system: You are a helpful assistant.
user:
Analyze the provided spectrum to determine if it is a **S-type Star**.

- **Key Indicators for S-type Star:**

    - **(Overall Spectrum Shape):** The first and most obvious characteristic is the overall continuum (the "baseline" shape). It is **extremely "red-sloping,"** meaning the flux (light intensity) is very low on the left side (blue, ~4000-4500 Å) and rises steeply and continuously toward the right side (red, ~7000 Å+).

    - **(Primary):** The spectrum is defined by the presence of strong, broad molecular absorption "valleys" (bands) from **Zirconium Oxide (ZrO)**. The identification of these bands is the **primary requirement** for classifying a star as S-type.
        - **(Key Bandheads):** You must find distinct, deep "dips" where the light has been absorbed. The most critical band systems to locate are:
            - **~6474 Å** ($\gamma$-system): This is often the strongest and clearest ZrO feature, found in the red part of the spectrum.
            - **~5718 Å** & **~5551 Å** ($\beta$-system): A pair of prominent absorption features in the yellow-orange part of the spectrum.
            - **~4640 Å** ($\alpha$-system): A key absorption band system in the blue-green region of the spectrum.

    - **(Secondary Confirmation):** The classification is strengthened by finding additional absorption bands from other related heavy element oxides, which are expected to be present alongside ZrO.
        - **(Key Bandheads):**
            - **Yttrium Oxide (YO):** Look for absorption dips near **~4800 Å** and **~6100 Å**.
            - **Lanthanum Oxide (LaO):** Additional absorption features, particularly in the red-orange part of the spectrum, are also characteristic.

    - **(Line Profile):** The combination of the steep red continuum and these numerous, deep molecular bands (ZrO, YO, etc.) gives the entire spectrum a very **"chopped-up"** or **"bumpy"** appearance. Instead of a smooth curve, the spectrum looks as though large, wide chunks of light have been "carved out" of it at the specific wavelengths listed above.

Think first, call **spectral_visualization_tool** if needed to examine features in detail, then provide your final answer. Your response must adhere to the following strict rules:
1.  **Overall Structure:** Your response must follow the format `<think>...</think> <tool_call>...</tool_call> (if a tool is used) <answer>...</answer>`.
2.  **Tool Usage Constraint:** You may only make **one** tool call per turn.
3.  **Final Answer Format:** In the `<answer>` tag, your conclusion must be inside a `\boxed{}` command (e.g., `\boxed{YES}` or `\boxed{NO}`), followed by your justification.

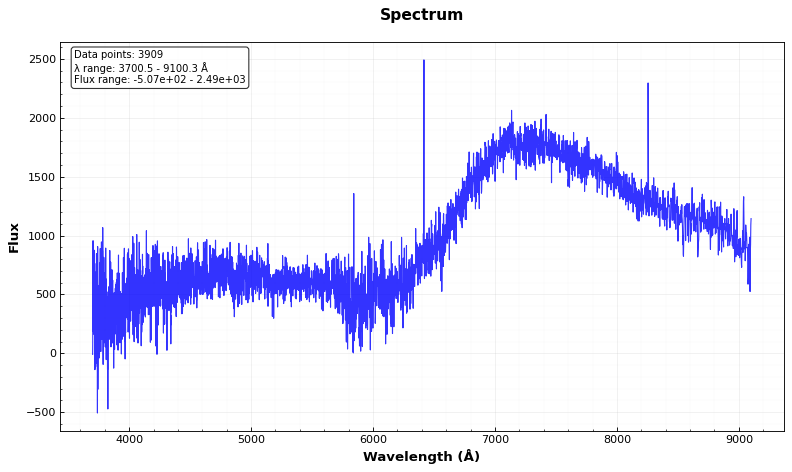
Answer: NO